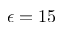
\epsilon = 1 5